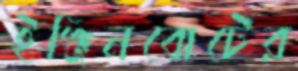
ইঞ্জিনবোটের